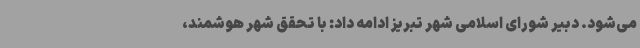
می‌شود. دبیر شورای اسلامی شهر تبریز ادامه داد: با تحقق شهر هوشمند،